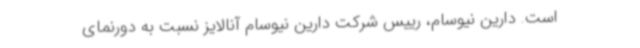
است. دارین نیوسام، رییس شرکت دارین نیوسام آنالایز نسبت به دورنمای